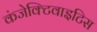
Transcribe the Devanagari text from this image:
कंजेक्टिवाइटिस